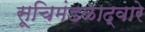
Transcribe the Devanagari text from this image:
सूचिमंडळाद्वारे